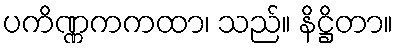
ပကိဏ္ဏကကထာ၊ သည်။ နိဋ္ဌိတာ။